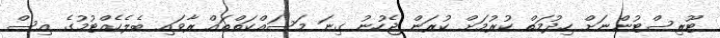
ޓޫރިސްޓުންނަށް ހިދުމަތް ކުރުމަށް ކުރަން ޖެހުނު ގިނަ މަސައްކަތްތައް ރާވައި ބެލެހެއްޓުމުގެ އިސް